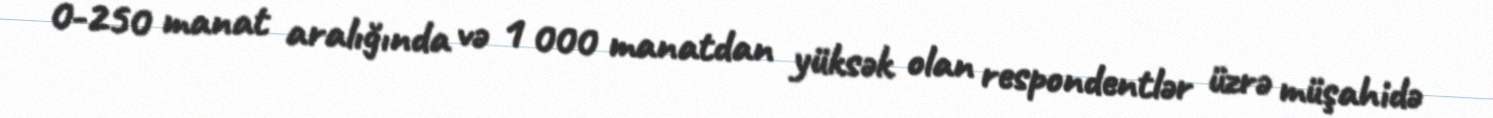
0-250 manat aralığında və 1 000 manatdan yüksək olan respondentlər üzrə müşahidə